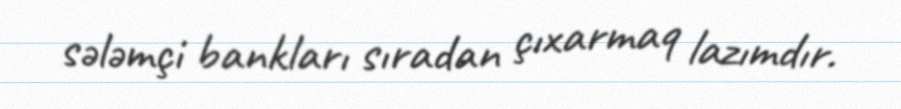
sələmçi bankları sıradan çıxarmaq lazımdır.